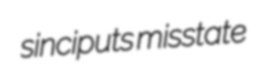
sinciputs misstate